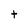
Character: t